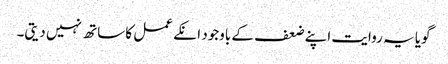
گویا یہ روایت اپنے ضعف کے باوجود انکے عمل کا ساتھ نہیں دیتی۔